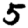
Digit: 5